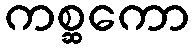
ကစ္ဆကော